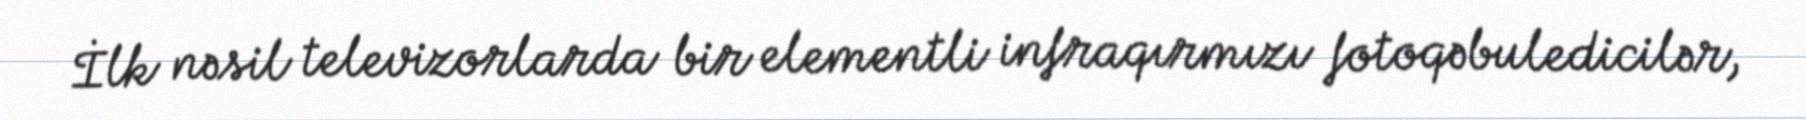
İlk nəsil televizorlarda bir elementli infraqırmızı fotoqəbuledicilər,